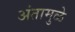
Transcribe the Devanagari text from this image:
अंतामुळे